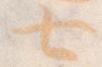
七